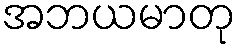
အဘယမာတု